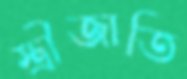
স্ত্রীজাতি